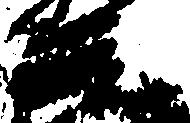
元